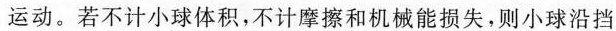
运动。若不计小球体积，不计摩擦和机械能损失，则小球沿挡